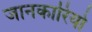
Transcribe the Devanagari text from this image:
जानकारियो